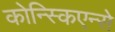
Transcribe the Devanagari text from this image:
कोन्स्किएन्से